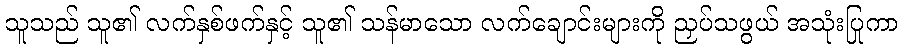
သူသည် သူ၏ လက်နှစ်ဖက်နှင့် သူ၏ သန်မာသော လက်ချောင်းများကို ညှပ်သဖွယ် အသုံးပြုကာ